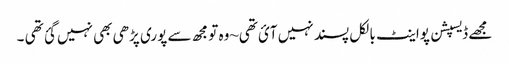
مجھے ڈیسپشن پواینٹ بالکل پسند نہیں آئ تھی~وہ تو مجھ سے پوری پڑھی بھی نہیں گئ تھی ۔